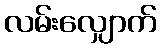
လမ်းလျှောက်